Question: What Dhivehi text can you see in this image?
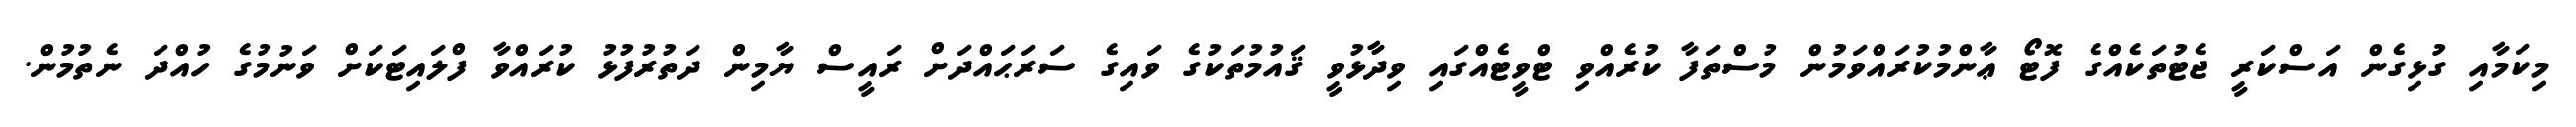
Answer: މިކަމާއި ގުޅިގެން އަސްކަރީ ޖެޓުތަކެއްގެ ފޮޓޯ ޢާންމުކުރައްވަމުން މުސްތަފާ ކުރެއްވި ޓްވީޓެއްގައި ވިދާޅުވީ ޤައުމުތަކުގެ ވައިގެ ސަރަޙައްދަށް ރައީސް ޔާމިން ދަތުރުފުޅު ކުރައްވާ ފްލައިޓަކަށް ވަނުމުގެ ހުއްދަ ނެތުމުން.